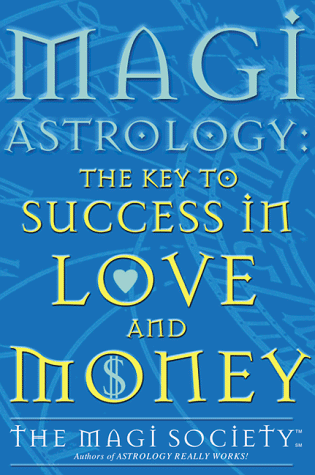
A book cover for Magi Astrology the Key to Success In Love and Money; Magi Society; Religion & Spirituality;